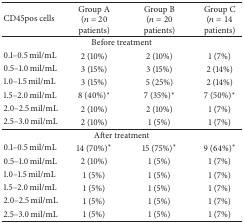
<table><thead><tr><td><b>CD45pos cells</b></td><td><b>Group A (<i>n</i> = 20 patients)</b></td><td><b>Group B (<i>n</i> = 20 patients)</b></td><td><b>Group C (<i>n</i> = 14 patients)</b></td></tr></thead><tbody><tr><td colspan="4">Before treatment</td></tr><tr><td>0.1–0.5 mil/mL</td><td>2 (10%)</td><td>2 (10%)</td><td>1 (7%)</td></tr><tr><td>0.5–1.0 mil/mL</td><td>3 (15%)</td><td>3 (15%)</td><td>2 (14%)</td></tr><tr><td>1.0–1.5 mil/mL</td><td>3 (15%)</td><td>5 (25%)</td><td>2 (14%)</td></tr><tr><td>1.5–2.0 mil/mL</td><td>8 (40%)*</td><td>7 (35%)*</td><td>7 (50%)*</td></tr><tr><td>2.0–2.5 mil/mL</td><td>2 (10%)</td><td>2 (10%)</td><td>1 (7%)</td></tr><tr><td>2.5–3.0 mil/mL</td><td>2 (10%)</td><td>1 (5%)</td><td>1 (7%)</td></tr><tr><td colspan="4">After treatment</td></tr><tr><td>0.1–0.5 mil/mL</td><td>14 (70%)*</td><td>15 (75%)*</td><td>9 (64%)*</td></tr><tr><td>0.5–1.0 mil/mL</td><td>2 (10%)</td><td>1 (5%)</td><td>1 (7%)</td></tr><tr><td>1.0–1.5 mil/mL</td><td>1 (5%)</td><td>1 (5%)</td><td>1 (7%)</td></tr><tr><td>1.5–2.0 mil/mL</td><td>1 (5%)</td><td>1 (5%)</td><td>1 (7%)</td></tr><tr><td>2.0–2.5 mil/mL</td><td>1 (5%)</td><td>1 (5%)</td><td>1 (7%)</td></tr><tr><td>2.5–3.0 mil/mL</td><td>1 (5%)</td><td>1 (5%)</td><td>1 (7%)</td></tr></tbody></table>